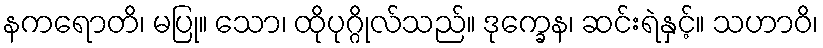
နကရောတိ၊ မပြု။ သော၊ ထိုပုဂ္ဂိုလ်သည်။ ဒုက္ခေန၊ ဆင်းရဲနှင့်။ သဟာဝိ၊